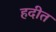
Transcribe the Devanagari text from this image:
हदीत